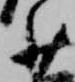
少